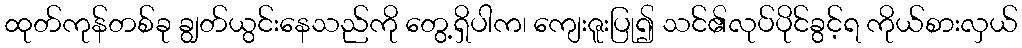
ထုတ်ကုန်တစ်ခု ချွတ်ယွင်းနေသည်ကို တွေ့ရှိပါက၊ ကျေးဇူးပြု၍ သင်၏လုပ်ပိုင်ခွင့်ရ ကိုယ်စားလှယ်